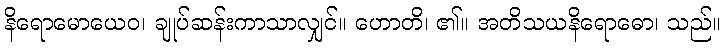
နိရောမောယေဝ၊ ချုပ်ဆန်းကာသာလျှင်။ ဟောတိ၊ ၏။ အတိသယနိရောဓော၊ သည်။